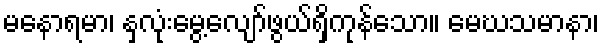
မနောရမာ၊ နှလုံးမွေ့လျော်ဖွယ်ရှိကုန်သော။ မေဃသမာနာ၊